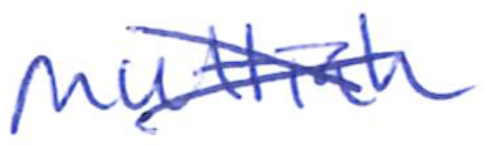
Text: Muttiah
Cross-out: cross
Writing tool: ballpoint